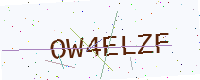
Text: OW4ELZF